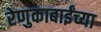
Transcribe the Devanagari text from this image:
रेणुकाबाईंच्या